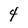
Character: 4